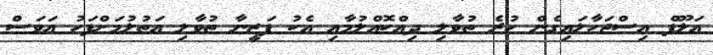
އަލޫފް އިސްޖަހާލައިގެން ހުރެ ތުވާލި ދިއްކޮއްލުމާއި އެކު ފަޒީނާ ތުވާލި އަތުލުމަށްފަހު އަވަސް